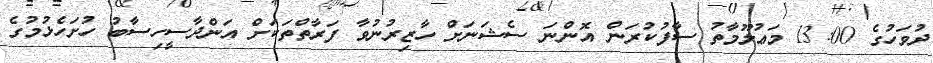
ދުވަހުގެ 13:00 މަޢުލޫމާތު ސާފުކުރަން އޮންނަ ސެޝަނަށް ހާޒިރުނުވާ ފަރާތްތަކަށް އަންދާސީހިސާބު ހުށަހެޅުމުގެ